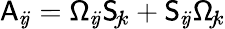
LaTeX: \mathsf{A}_{i\! j}=\mathsf{\Omega}_{i\! j}\mathsf{S}_{\! j\! k}+\mathsf{S}_{i\! j}\mathsf{\Omega}_{\! j\! k}